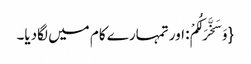
{وَ سَخَّرَ لَکُمْ: اور تمہارے کام میں لگادیا۔